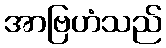
အာဗြဟံသည်